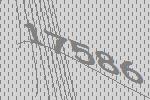
17586